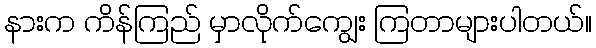
နားက ကိန်ကြည် မှာလိုက်ကျွေး ကြတာများပါတယ်။